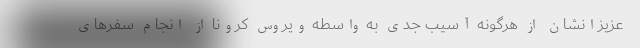
عزیزانشان از هرگونه آسیب جدی به واسطه ویروس کرونا از انجام سفرهای